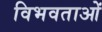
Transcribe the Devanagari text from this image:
विभवताओं